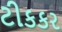
ટીકકર